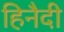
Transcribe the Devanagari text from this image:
हिनैदी